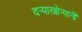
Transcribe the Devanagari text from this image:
दऱ्याखोऱ्यानी